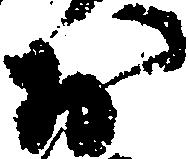
於